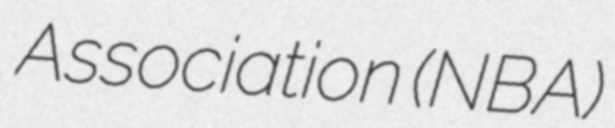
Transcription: Association (NBA)